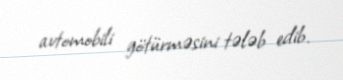
avtomobili götürməsini tələb edib.